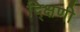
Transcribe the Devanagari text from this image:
द्क्षिणी